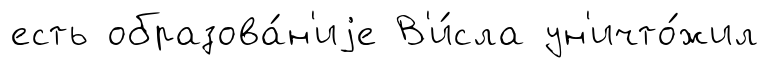
есть образова́н'иjе В'и́сла ун'ичто́жил